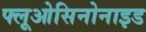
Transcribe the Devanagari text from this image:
फ्लूओसिनोनाइड